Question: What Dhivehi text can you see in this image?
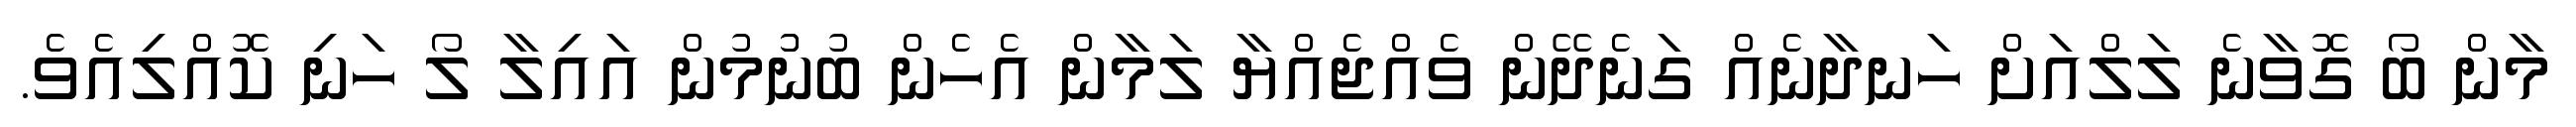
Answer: މާން ބޯ ގޮވާނެ ލަލްއަށް ހަނދާނެއް ގަނެދޭން ވެއްޖެއްޔާ ލަމާން އެހެން ބުނުުމުން އައިލާ ލޯ ހަނި ކޮއްލިއެވެ.